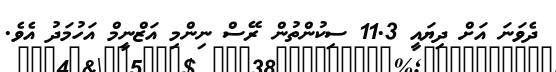
ދެވަނަ އަށް ދިޔައީ 11.3 ސިކުންތުން ރޭސް ނިންމި އަޒްނީމް އަހުމަދު އެވެ.